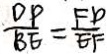
\frac { D P } { B E } = \frac { F D } { E F }